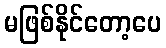
မဖြစ်နိုင်တော့ပေ